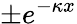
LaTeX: \pm e^{-\kappa x}